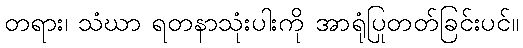
တရား၊ သံဃာ ရတနာသုံးပါးကို အာရုံပြုတတ်ခြင်းပင်။